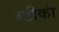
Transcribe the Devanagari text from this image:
स्टीकी